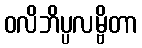
ဝလိဘိပ္ပလမ္ဗိတာ